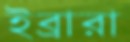
ইব্রারা